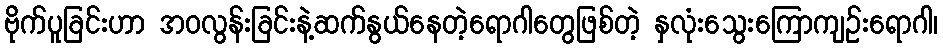
ဗိုက်ပူခြင်းဟာ အဝလွန်းခြင်းနဲ့ဆက်နွယ်နေတဲ့ရောဂါတွေဖြစ်တဲ့ နှလုံးသွေးကြောကျဉ်းရောဂါ၊